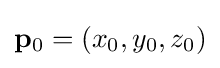
\mathbf {p} _{0}=(x_{0},y_{0},z_{0})